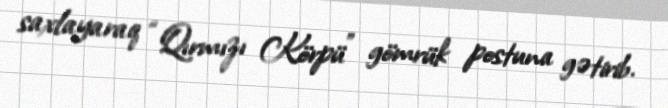
saxlayaraq “Qırmızı Körpü” gömrük postuna gətirib.